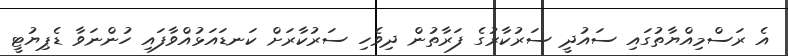
އެ ރަސްމިއްޔާތުގައި ސައުދީ ސަރުކާރުގެ ފަރާތުން ދިވެހި ސަރުކާރަށް ކަނޑައަޅުއްވާފައި ހުންނަވާ ޑެޕިޔުޓީ